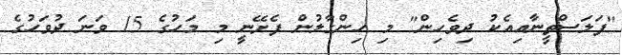
"ފަލަސްތީނާއިއެކު ދިވެހިން" މި ހިންގާލުން ފެށޭނީ މި މަހުގެ 15 ވަނަ ދުވަހުގެ